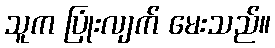
သူက ပြုံးလျက် မေးသည်။